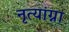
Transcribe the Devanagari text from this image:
नृत्यांग्ना